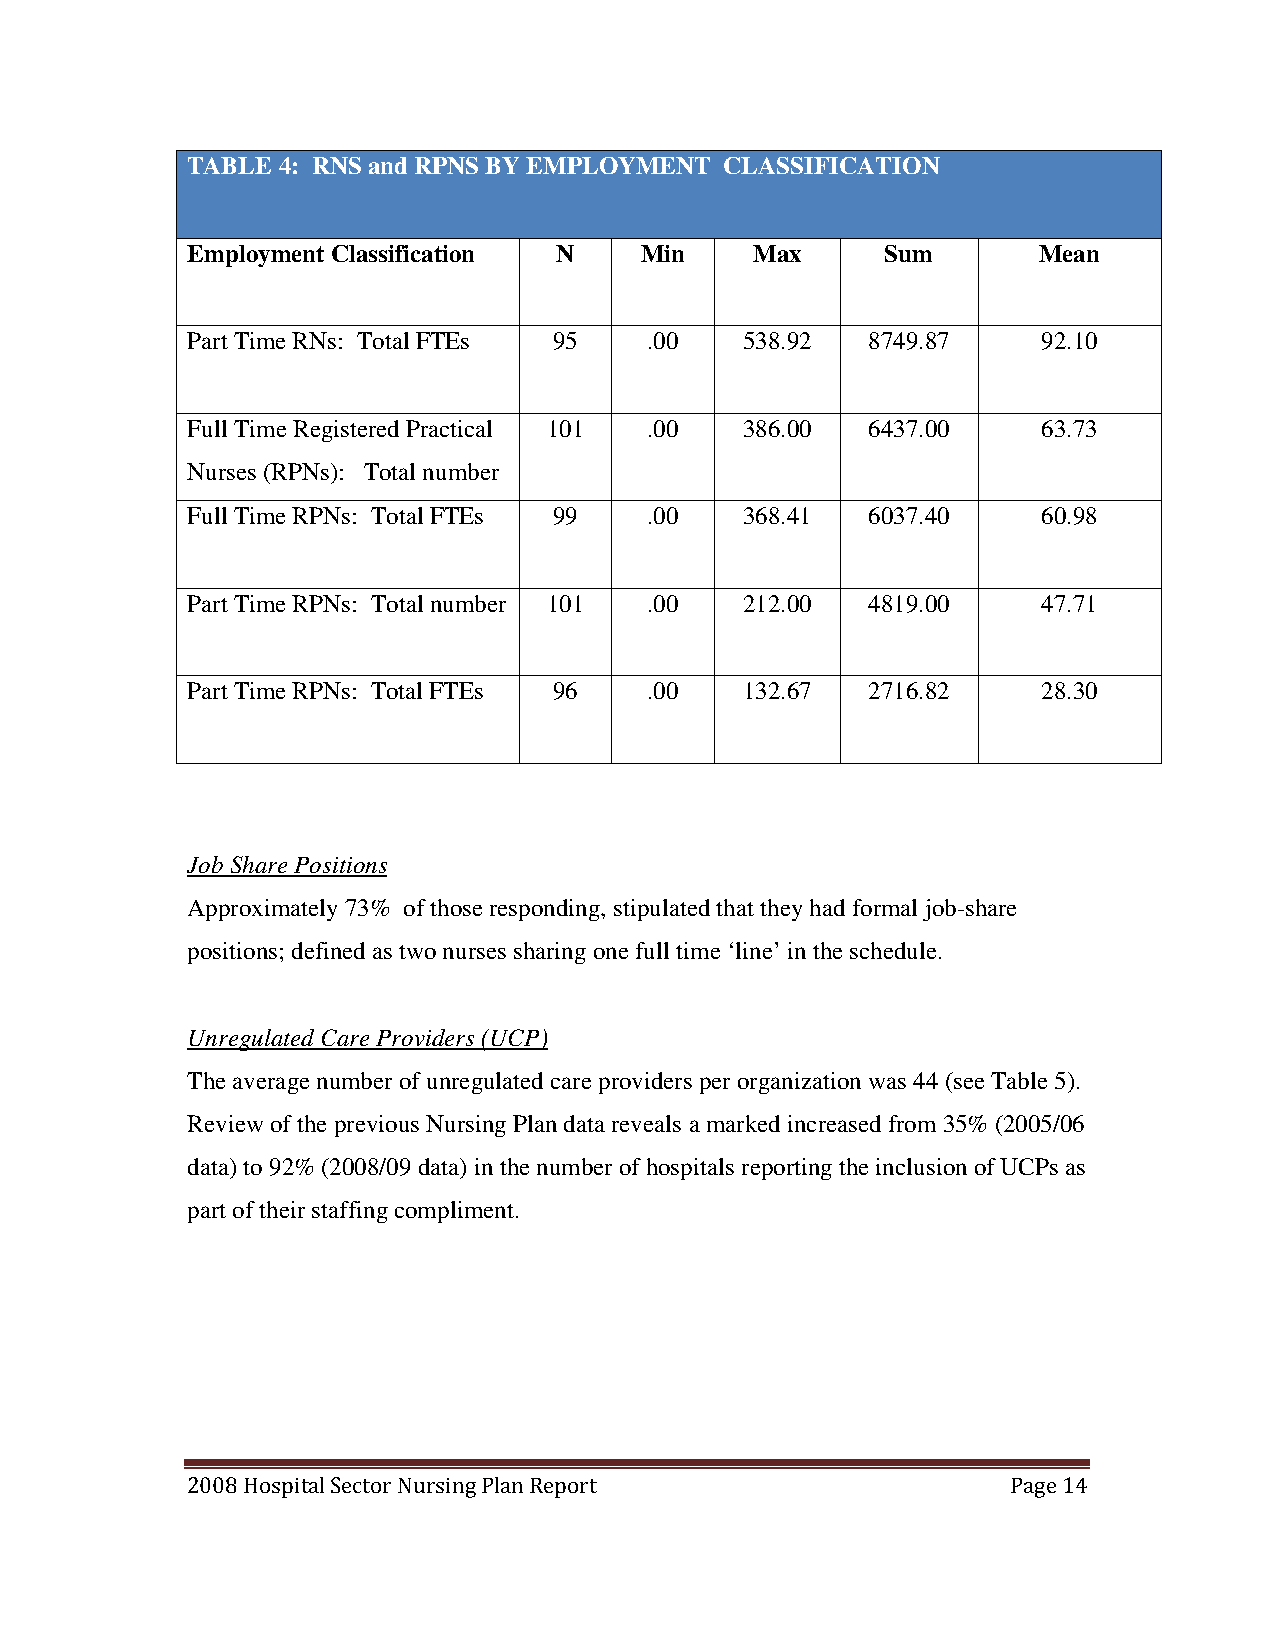
TABLE 4: RNS and RPNS BY EMPLOYMENT CLASSIFICATION
 Employment Classification N   Min     Max      Sum       Mean
 Part Time RNs: Total FTEs 95   .00   538.92   8749.87    92.10
 Full Time Registered Practical 101 .00 386.00 6437.00    63.73
 Nurses (RPNs): Total number
 Full Time RPNs: Total FTEs 99  .00   368.41   6037.40    60.98
 Part Time RPNs: Total number 101 .00 212.00   4819.00    47.71
 Part Time RPNs: Total FTEs 96  .00   132.67   2716.82    28.30
 Job Share Positions
 Approximately 73% of those responding, stipulated that they had formal job-share
 positions; defined as two nurses sharing one full time ‘line’ in the schedule.
 Unregulated Care Providers (UCP)
 The average number of unregulated care providers per organization was 44 (see Table 5).
 Review of the previous Nursing Plan data reveals a marked increased from 35% (2005/06
 data) to 92% (2008/09 data) in the number of hospitals reporting the inclusion of UCPs as
 part of their staffing compliment.
 2008 Hospital Sector Nursing Plan Report               Page 14